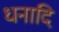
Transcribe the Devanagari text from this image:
धनादि